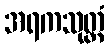
အရကသုတ္တံ